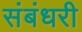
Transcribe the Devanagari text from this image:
संबंधरी